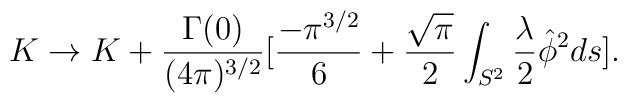
K \rightarrow K+\frac{\Gamma(0)}{( 4\pi) ^{3/2}}[\frac{-\pi^{3/2}}{6}+\frac{\sqrt{\pi}}{2}\int_{S^{2}}\frac{\lambda}{2}\hat{\phi}^{2}ds].